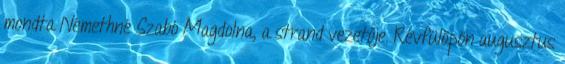
mondta Némethné Szabó Magdolna, a strand vezetője. Révfülöpön augusztus